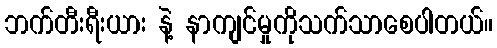
ဘက်တီးရီးယား နဲ့ နာကျင်မှုကိုသက်သာစေပါတယ်။